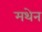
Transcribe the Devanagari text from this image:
मथेन